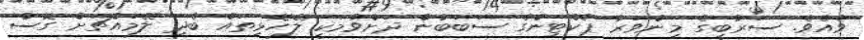
ވެއެވެ. ސަރުބީގެ މިންވަރު ޕެކްޓިންގެ ސަބަބުން ދަށްވުމަކީ ލޭހޮޅިތައް ބެދި ލޭމައްޗަށް ގޮސް